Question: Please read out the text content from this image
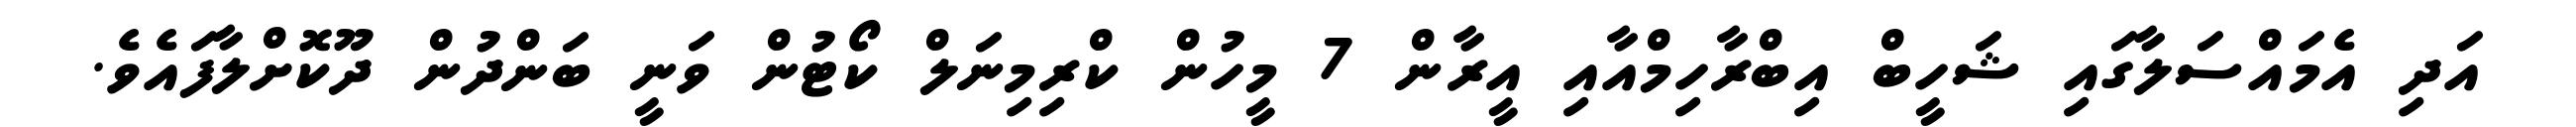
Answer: އަދި އެމައްސަލާގައި ޝަހީބް އިބްރާހިމްއާއި އީރާން 7 މީހުން ކްރިމިނަލް ކޯޓުން ވަނީ ބަންދުން ދޫކޮށްލާފައެވެ.